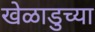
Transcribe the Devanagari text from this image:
खेळाडुच्या